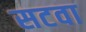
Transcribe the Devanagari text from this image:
सटवा